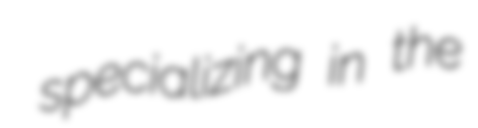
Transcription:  specializing in the